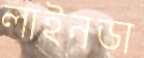
লাইনডা